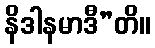
နိဒါနမာဒီ”တိ။